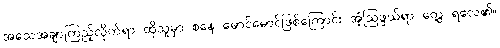
အသေအချာကြည့်လိုက်ရာ ထိုသူမှာ စနေ မောင်မောင်ဖြစ်ကြောင်း အံ့ဩဖွယ်ရာ တွေ့ ရလေ၏။